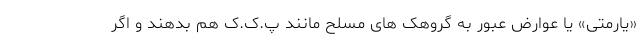
«یارمتی» یا عوارض عبور به گروهک های مسلح مانند پ.ک.ک هم بدهند و اگر